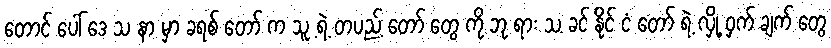
တောင် ပေါ် ဒေ သ နာ မှာ ခရစ် တော် က သူ့ ရဲ့ တပည့် တော် တွေ ကို ဘု ရား သ ခင် နိုင် ငံ တော် ရဲ့ လှို့ ဝှက် ချက် တွေ